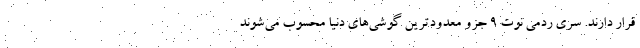
قرار دارند. سری ردمی نوت ۹ جزو معدودترین گوشی‌های دنیا محسوب می‌شوند